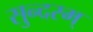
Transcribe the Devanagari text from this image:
सुन्‍दरम्